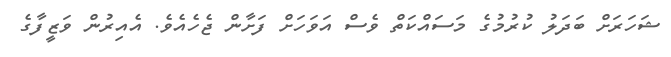
ޝަހަރަށް ބަދަލު ކުރުމުގެ މަސައްކަތް ވެސް އަވަހަށް ފަށާން ޖެހެއެވެ. އެއިރުން ވަޒީފާގެ